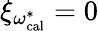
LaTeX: \xi_{\omega_{\mathrm{cal}}^{*}}=0